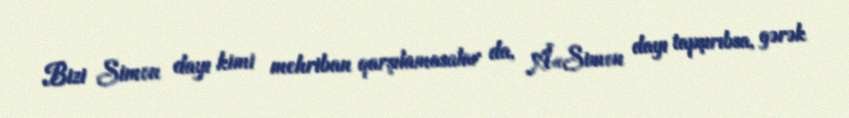
Bizi Simon dayı kimi mehriban qarşılamasalar da, Â«Simon dayı tapşırıbsa, gərək